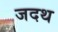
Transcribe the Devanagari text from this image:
जदथ